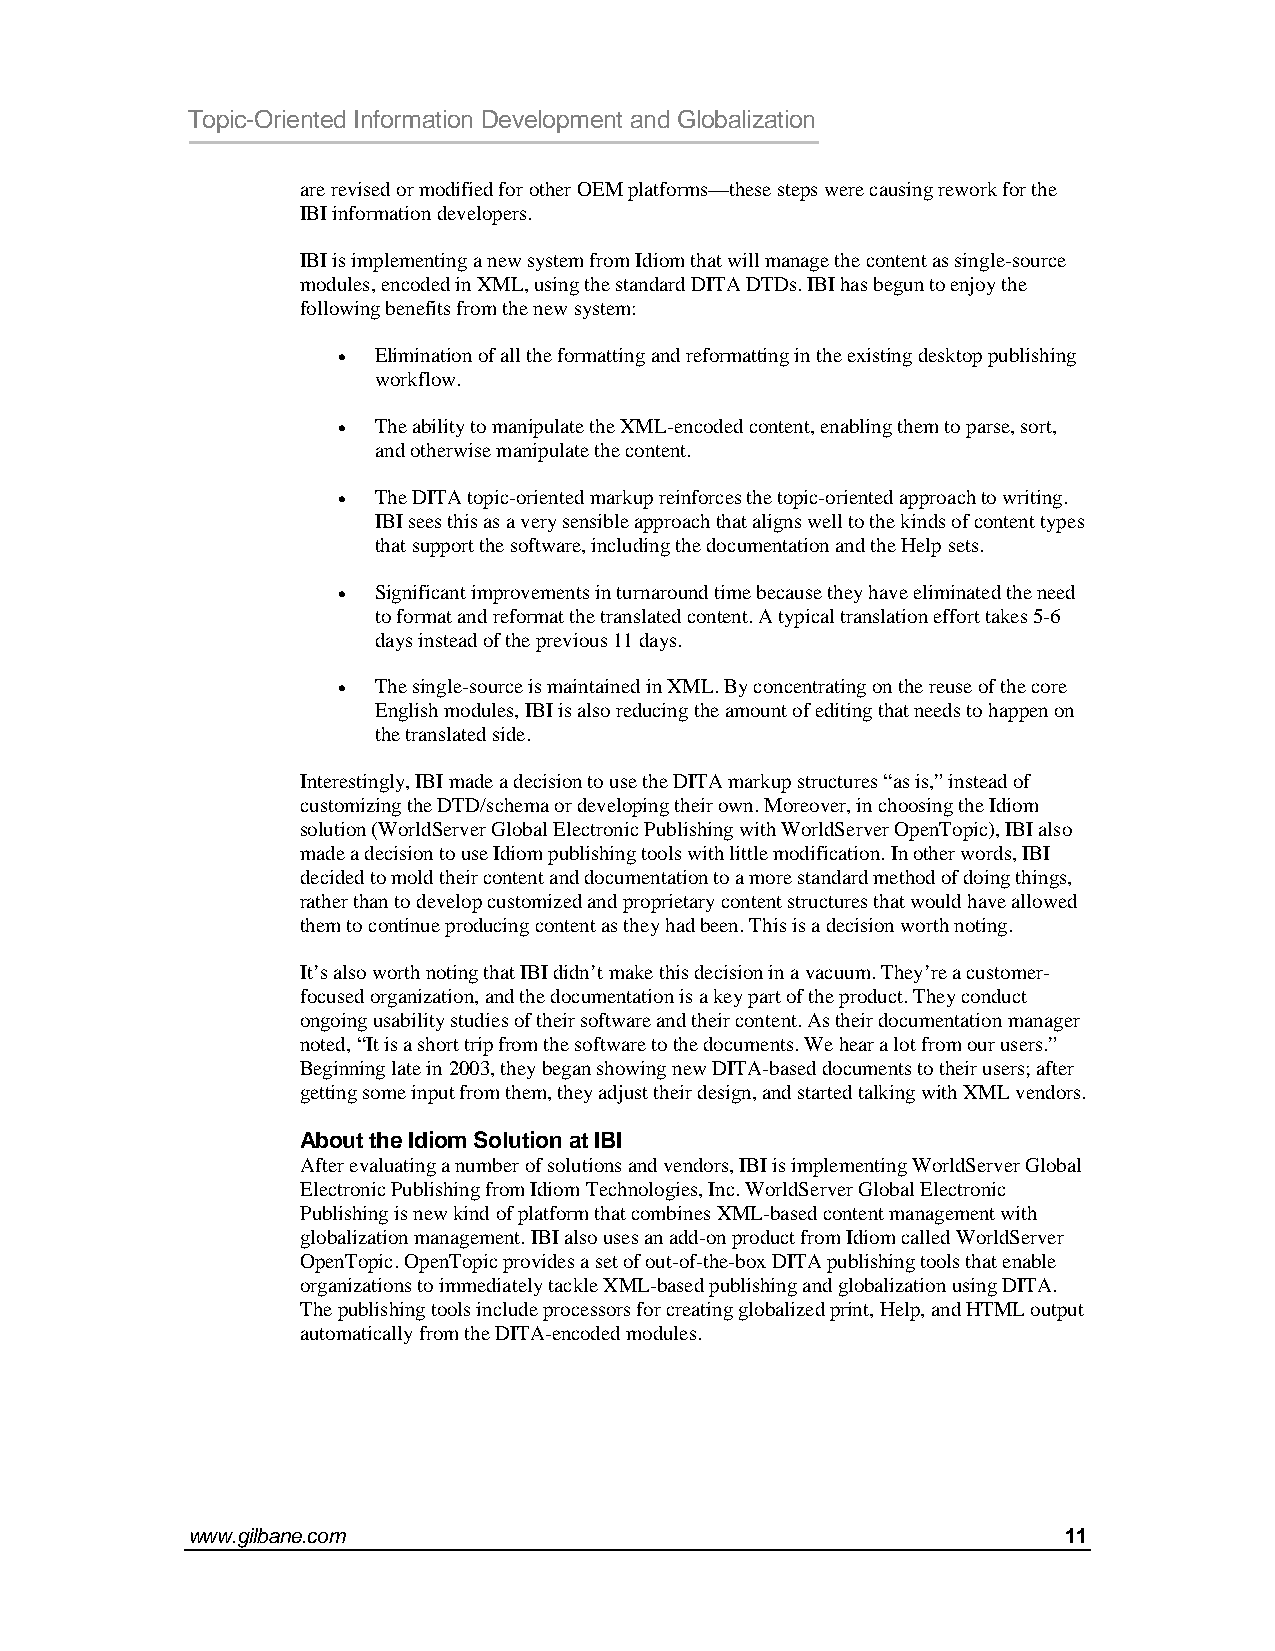
Topic-Oriented Information Development and Globalization
 are revised or modified for other OEM platforms—these steps were causing rework for the
 IBI information developers.
 IBI is implementing a new system from Idiom that will manage the content as single-source
 modules, encoded in XML, using the standard DITA DTDs. IBI has begun to enjoy the
 following benefits from the new system:
 •  Elimination of all the formatting and reformatting in the existing desktop publishing
 workflow.
 •  The ability to manipulate the XML-encoded content, enabling them to parse, sort,
 and otherwise manipulate the content.
 •  The DITA topic-oriented markup reinforces the topic-oriented approach to writing.
 IBI sees this as a very sensible approach that aligns well to the kinds of content types
 that support the software, including the documentation and the Help sets.
 •  Significant improvements in turnaround time because they have eliminated the need
 to format and reformat the translated content. A typical translation effort takes 5-6
 days instead of the previous 11 days.
 •  The single-source is maintained in XML. By concentrating on the reuse of the core
 English modules, IBI is also reducing the amount of editing that needs to happen on
 the translated side.
 Interestingly, IBI made a decision to use the DITA markup structures “as is,” instead of
 customizing the DTD/schema or developing their own. Moreover, in choosing the Idiom
 solution (WorldServer Global Electronic Publishing with WorldServer OpenTopic), IBI also
 made a decision to use Idiom publishing tools with little modification. In other words, IBI
 decided to mold their content and documentation to a more standard method of doing things,
 rather than to develop customized and proprietary content structures that would have allowed
 them to continue producing content as they had been. This is a decision worth noting.
 It’s also worth noting that IBI didn’t make this decision in a vacuum. They’re a customer-
 focused organization, and the documentation is a key part of the product. They conduct
 ongoing usability studies of their software and their content. As their documentation manager
 noted, “It is a short trip from the software to the documents. We hear a lot from our users.”
 Beginning late in 2003, they began showing new DITA-based documents to their users; after
 getting some input from them, they adjust their design, and started talking with XML vendors.
 About the Idiom Solution at IBI
 After evaluating a number of solutions and vendors, IBI is implementing WorldServer Global
 Electronic Publishing from Idiom Technologies, Inc. WorldServer Global Electronic
 Publishing is new kind of platform that combines XML-based content management with
 globalization management. IBI also uses an add-on product from Idiom called WorldServer
 OpenTopic. OpenTopic provides a set of out-of-the-box DITA publishing tools that enable
 organizations to immediately tackle XML-based publishing and globalization using DITA.
 The publishing tools include processors for creating globalized print, Help, and HTML output
 automatically from the DITA-encoded modules.
 www.gilbane.com                                            11